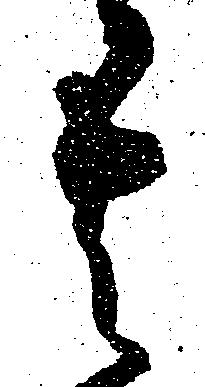
其